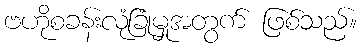
ဗဟိုစခန်းလုံခြုံမှုအတွက် ဖြစ်သည်။